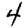
Digit: 4